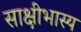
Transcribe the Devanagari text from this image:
साक्षीभास्य